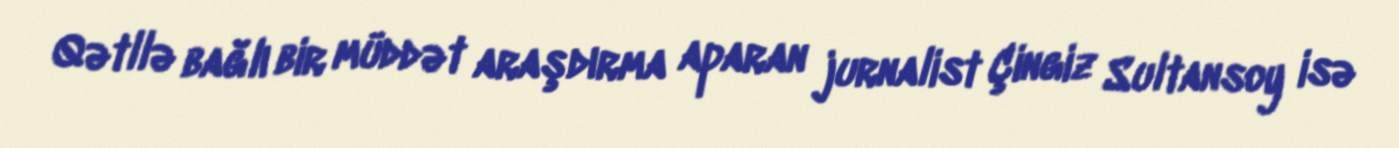
Qətllə bağlı bir müddət araşdırma aparan jurnalist Çingiz Sultansoy isə